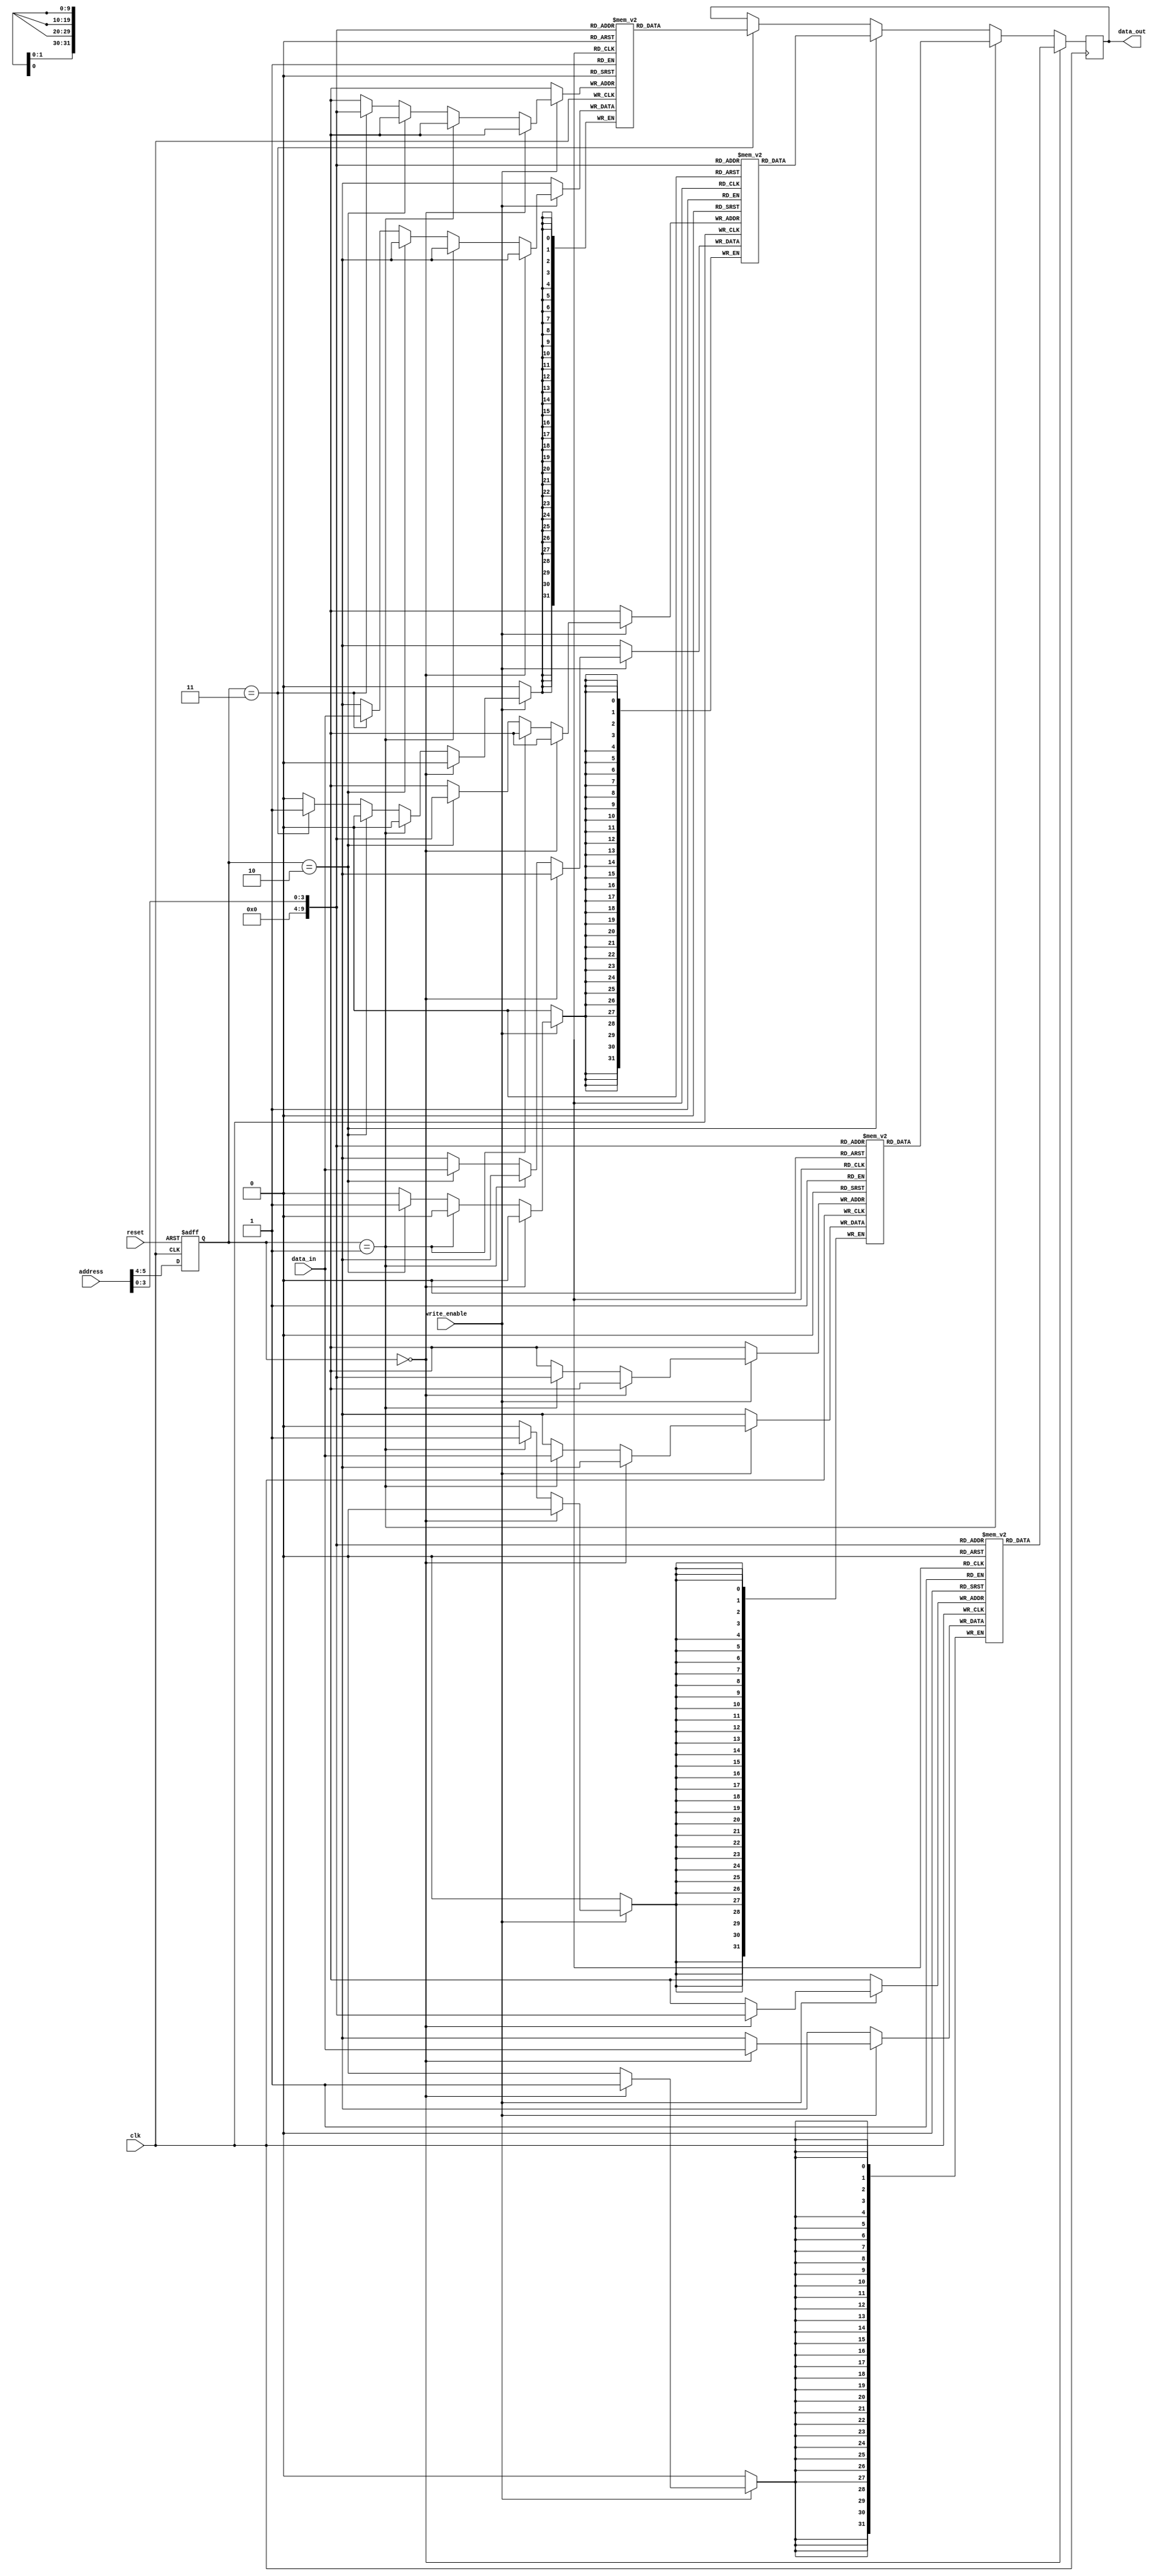
module QDR_SRAM (
    input wire clk,            // Clock signal
    input wire reset,          // Reset signal
    input wire [5:0] address,  // Address input
    input wire write_enable,   // Write enable signal
    input wire [31:0] data_in, // Data input
    output reg [31:0] data_out // Data output
);

// Memory blocks declaration
reg [31:0] memory_block_0 [1023:0]; // Memory block 0
reg [31:0] memory_block_1 [1023:0]; // Memory block 1
reg [31:0] memory_block_2 [1023:0]; // Memory block 2
reg [31:0] memory_block_3 [1023:0]; // Memory block 3

// Address decoding
reg [1:0] block_select;
always @ (posedge clk or posedge reset) begin
    if (reset) begin
        block_select <= 2'b00; // Default select block 0
    end else begin
        block_select <= address[5:4];
    end
end

// Read operation
always @ (posedge clk) begin
    if (block_select == 2'b00) begin
        data_out <= memory_block_0[address[3:0]];
    end else if (block_select == 2'b01) begin
        data_out <= memory_block_1[address[3:0]];
    end else if (block_select == 2'b10) begin
        data_out <= memory_block_2[address[3:0]];
    end else if (block_select == 2'b11) begin
        data_out <= memory_block_3[address[3:0]];
    end
end

// Write operation
always @ (posedge clk) begin
    if (write_enable) begin
        if (block_select == 2'b00) begin
            memory_block_0[address[3:0]] <= data_in;
        end else if (block_select == 2'b01) begin
            memory_block_1[address[3:0]] <= data_in;
        end else if (block_select == 2'b10) begin
            memory_block_2[address[3:0]] <= data_in;
        end else if (block_select == 2'b11) begin
            memory_block_3[address[3:0]] <= data_in;
        end
    end
end

endmodule